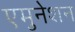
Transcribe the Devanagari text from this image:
एमुनेशन